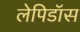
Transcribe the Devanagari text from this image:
लेपिडॉस